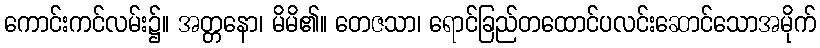
ကောင်းကင်လမ်း၌။ အတ္တနော၊ မိမိ၏။ တေဇသာ၊ ရောင်ခြည်တထောင်ပလင်းဆောင်သောအမိုက်